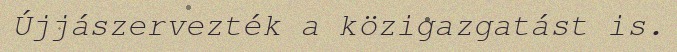
Újjászervezték a közigazgatást is.